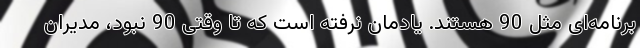
برنامه‌ای مثل 90 هستند. یادمان نرفته است که تا وقتی 90 نبود، مدیران